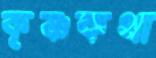
কৃষ্ণকথা